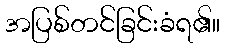
အပြစ်တင်ခြင်းခံရ၏။